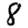
Digit: 8